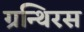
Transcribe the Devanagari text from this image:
ग्रन्थिरस